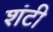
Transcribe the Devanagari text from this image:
शंटी